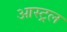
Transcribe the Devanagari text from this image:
आस्ट्रल